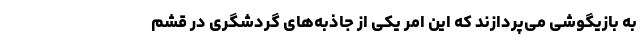
به بازیگوشی می‌پردازند که این امر یکی از جاذبه‌های گردشگری در قشم